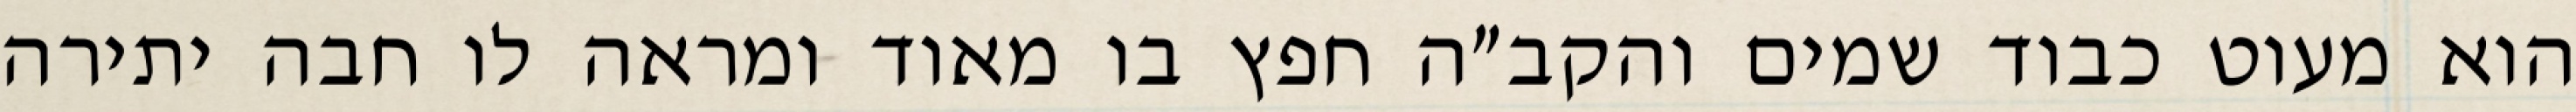
הוא מעוט כבוד שמים והקב״ה חפץ בו מאוד ומראה לו חבה יתירה